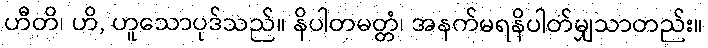
ဟီတိ၊ ဟိ, ဟူသောပုဒ်သည်။ နိပါတမတ္တံ၊ အနက်မရနိပါတ်မျှသာတည်း။